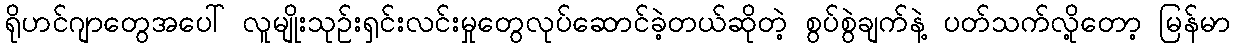
ရိုဟင်ဂျာတွေအပေါ် လူမျိုးသုဉ်းရှင်းလင်းမှုတွေလုပ်ဆောင်ခဲ့တယ်ဆိုတဲ့ စွပ်စွဲချက်နဲ့ ပတ်သက်လို့တော့ မြန်မာ